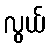
လွယ်